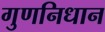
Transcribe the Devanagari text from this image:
गुणनिधान